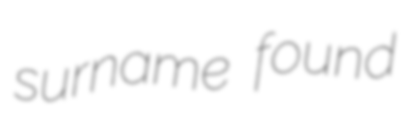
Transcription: surname found